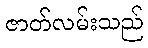
ဇာတ်လမ်းသည်